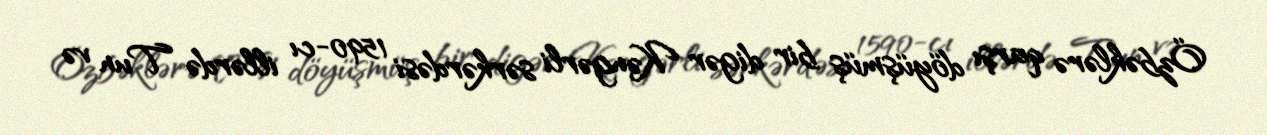
Özbəklərə qarşı döyüşmüş bir digər Kəngərli sərkərdəsi 1590-cı illərdə Tun və